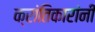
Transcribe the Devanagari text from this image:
क्रांतिकारांनी